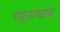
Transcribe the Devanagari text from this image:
रघुनाथाय